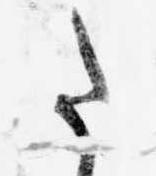
た